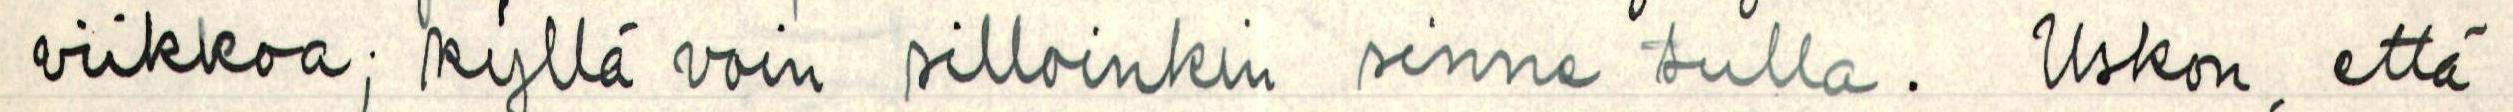
viikkoa; kyllä voin silloinkin sinne tulla. Uskon, että